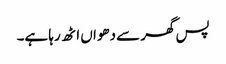
پس گھر سے دھواں اٹھ رہا ہے۔